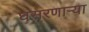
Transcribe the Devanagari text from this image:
घसरणाऱ्या